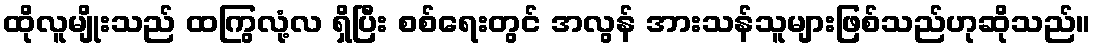
ထိုလူမျိုးသည် ထကြွလုံ့လ ရှိပြီး စစ်ရေးတွင် အလွန် အားသန်သူများဖြစ်သည်ဟုဆိုသည်။